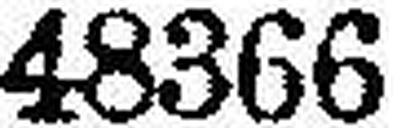
48366